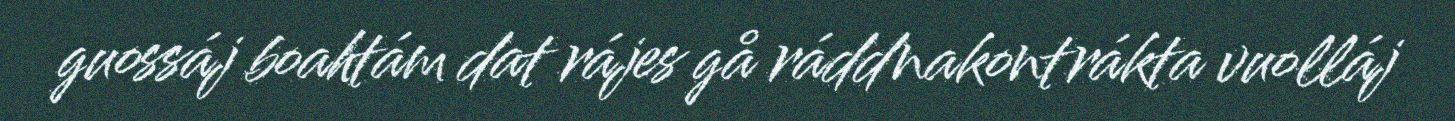
guossáj boahtám dat rájes gå ráddnakontrákta vuolláj